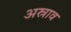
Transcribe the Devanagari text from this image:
अस्राव